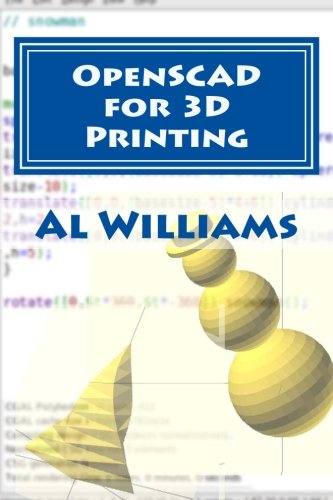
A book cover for OpenSCAD for 3D Printing; Al Williams; Computers & Technology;